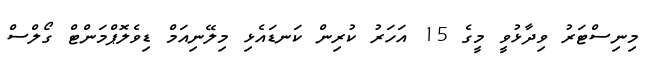
މިނިސްޓަރު ވިދާޅުވީ މީގެ 15 އަހަރު ކުރިން ކަނޑައެޅި މިލޭނިއަމް ޑިވެލޮޕްމަންޓް ގޯލްސް